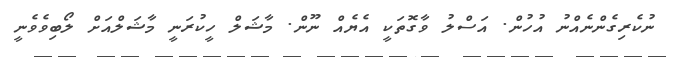
ނުކެރިގެންނެއްނު އުހުން. އަސްލު ވާގޮތަކީ އެޔެއް ނޫން. މާޝަލް ހީކުރަނީ މާޝަލްއަށް ލޯބިވެވެނީ